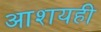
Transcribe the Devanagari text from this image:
आशयही